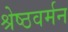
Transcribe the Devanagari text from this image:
श्रेष्ठवर्मन